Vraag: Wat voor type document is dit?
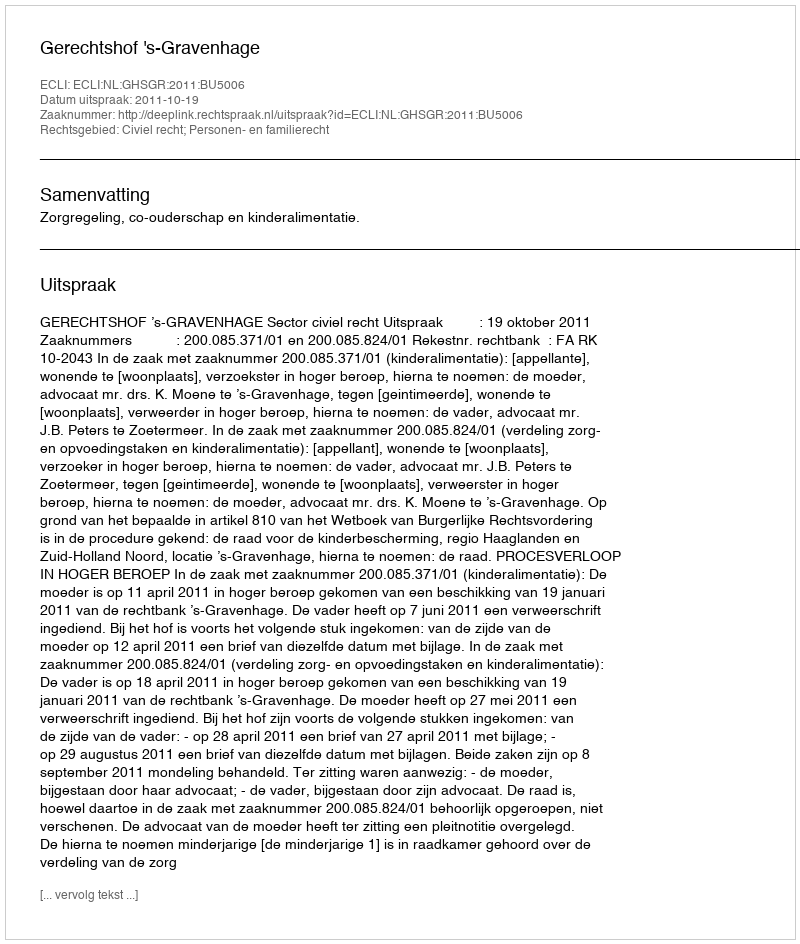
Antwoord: Uitspraak